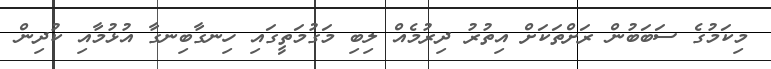
މިކަމުގެ ސަބަބުން ރަށްތަކަށް އިތުރު ދިރުމެއް ލިބި މަގުމަތީގައި ހިނގާބިނގާ އުޅުމާއި ކުދިން